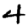
Digit: 4